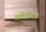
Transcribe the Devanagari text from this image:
स्तोत्रोंका